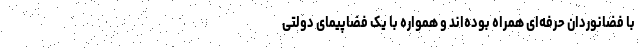
با فضانوردان حرفه‌ای همراه بوده‌اند و همواره با یک فضاپیمای دولتی